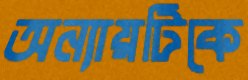
অন্যায়টিকে